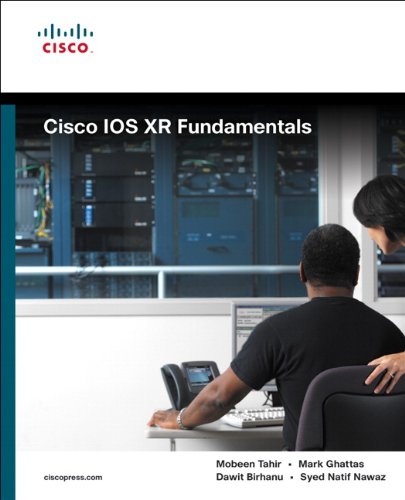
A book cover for Cisco IOS XR Fundamentals; Mobeen Tahir; Computers & Technology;